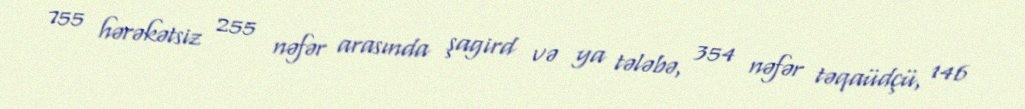
755 hərəkətsiz 255 nəfər arasında şagird və ya tələbə, 354 nəfər təqaüdçü, 146